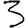
Digit: 3